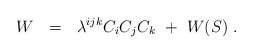
\begin{align*}W~~=~~\lambda^{ijk} C_i C_j C_k~+~W(S)~. \end{align*}